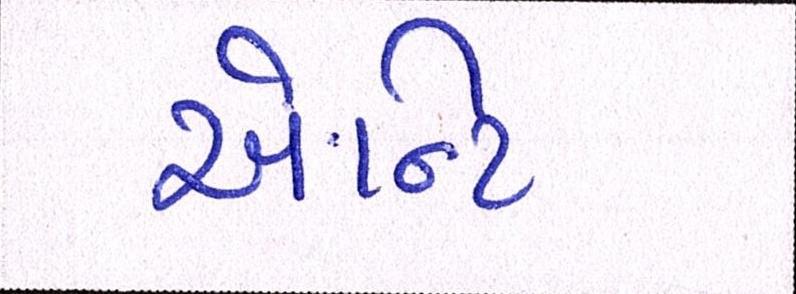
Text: એન્ટિ